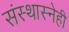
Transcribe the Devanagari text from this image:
संस्थास्नेही